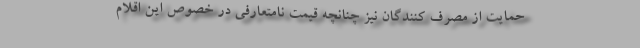
حمایت از مصرف ‌کنندگان نیز چنانچه قیمت نامتعارفی در خصوص این اقلام